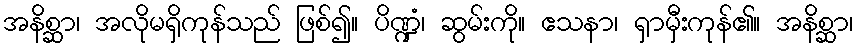
အနိစ္ဆာ၊ အလိုမရှိကုန်သည် ဖြစ်၍။ ပိဏ္ဍံ၊ ဆွမ်းကို။ ဧသနာ၊ ရှာမှီးကုန်၏။ အနိစ္ဆာ၊